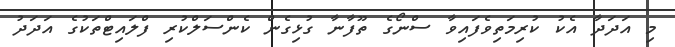
މި އަދަދާ އެކު ކުރިމަތިވެފައިވާ ސްނޯގެ ތޫފާނާ ގުޅިގެން ކެންސަލްކުރި ފްލައިޓްތަކުގެ އަދަދު